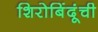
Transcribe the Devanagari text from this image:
शिरोबिंदूंची